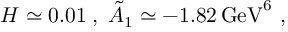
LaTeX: H \simeq 0 . 0 1 \; , \; \tilde { A } _ { 1 } \simeq - 1 . 8 2 \, \mathrm { G e V } ^ { 6 } \ ,